Vaccine operations Central Provinces 1868-1885 - 1868-1885
Year: 1868
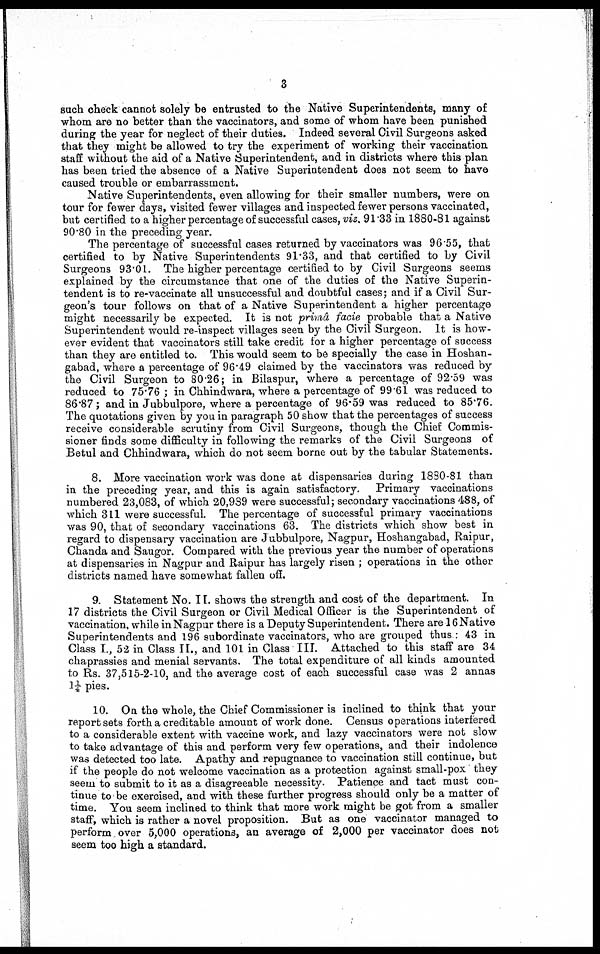
3
such check cannot solely be entrusted to the Native Superintendents, many of
whom are no better than the vaccinators, and some of whom have been punished
during the year for neglect of their duties. Indeed several Civil Surgeons asked
that they might be allowed to try the experiment of working their vaccination
staff without the aid of a Native Superintendent, and in districts where this plan
has been tried the absence of a Native Superintendent does not seem to have
caused trouble or embarrassment.
Native Superintendents, even allowing for their smaller numbers, were on
tour for fewer days, visited fewer villages and inspected fewer persons vaccinated,
but certified to a higher percentage of successful cases, viz. 91.33 in 1880-81 against
90.80 in the preceding year.
The percentage of successful cases returned by vaccinators was 96.55, that
certified to by Native Superintendents 91.33, and that certified to by Civil
Surgeons 93.01. The higher percentage certified to by Civil Surgeons seems
explained by the circumstance that one of the duties of the Native Superin-
tendent is to re-vaccinate all unsuccessful and doubtful cases; and if a Civil Sur-
geon's tour follows on that of a Native Superintendent a higher percentage
might necessarily be expected. It is not primâ facie probable that a Native
Superintendent would re-inspect villages seen by the Civil Surgeon. It is how-
ever evident that vaccinators still take credit for a higher percentage of success
than they are entitled to. This would seem to be specially the case in Hoshan-
gabad, where a percentage of 96.49 claimed by the vaccinators was reduced by
the Civil Surgeon to 80.26; in Bilaspur, where a percentage of 92.59 was
reduced to 75.76 ; in Chhindwara, where a percentage of 99.61 was reduced to
86.87; and in Jubbulpore, where a percentage of 96.59 was reduced to 85.76.
The quotations given by you in paragraph 50 show that the percentages of success
receive considerable scrutiny from Civil Surgeons, though the Chief Commis-
sioner finds some difficulty in following the remarks of the Civil Surgeons of
Betul and Chhindwara, which do not seem borne out by the tabular Statements.
8. More vaccination work was done at dispensaries during 1880-81 than
in the preceding year, and this is again satisfactory. Primary vaccinations
numbered 23,083, of which 20,989 were successful; secondary vaccinations 488, of
which 311 were successful. The percentage of successful primary vaccinations
was 90, that of secondary vaccinations 63. The districts which show best in
regard to dispensary vaccination are Jubbulpore, Nagpur, Hoshangabad, Raipur,
Chanda and Saugor. Compared with the previous year the number of operations
at dispensaries in Nagpur and Raipur has largely risen ; operations in the other
districts named have somewhat fallen off.
9. Statement No. II. shows the strength and cost of the department. In
17 districts the Civil Surgeon or Civil Medical Officer is the Superintendent of
vaccination, while in Nagpur there is a Deputy Superintendent. There are 16 Native
Superintendents and 196 subordinate vaccinators, who are grouped thus : 43 in
Class I., 52 in Class II., and 101 in Class III. Attached to this staff are 34
chaprassies and menial servants. The total expenditure of all kinds amounted
to Rs. 37,515-2-10, and the average cost of each successful case was 2 annas
1¼ pies.
10. On the whole, the Chief Commissioner is inclined to think that your
report sets forth a creditable amount of work done. Census operations interfered
to a considerable extent with vaccine work, and lazy vaccinators were not slow
to take advantage of this and perform very few operations, and their indolence
was detected too late. Apathy and repugnance to vaccination still continue, but
if the people do not welcome vaccination as a protection against small-pox they
seem to submit to it as a disagreeable necessity. Patience and tact must con-
tinue to be exercised, and with these further progress should only be a matter of
time. You seem inclined to think that more work might be got from a smaller
staff, which is rather a novel proposition. But as one vaccinator managed to
perform over 5,000 operations, an average of 2,000 per vaccinator does not
seem too high a standard.